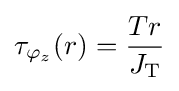
\tau _{\varphi _{z}}(r)={Tr \over J_{\text{T}}}